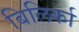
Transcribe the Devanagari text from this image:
बिलिर्का